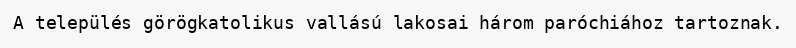
A település görögkatolikus vallású lakosai három paróchiához tartoznak.